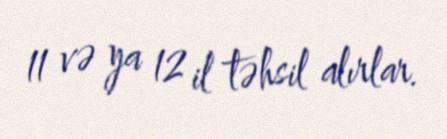
11 və ya 12 il təhsil alırlar.